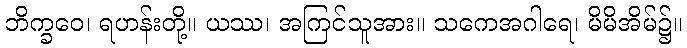
ဘိက္ခဝေ၊ ရဟန်းတို့။ ယဿ၊ အကြင်သူအား။ သကေအဂါရေ၊ မိမိအိမ်၌။